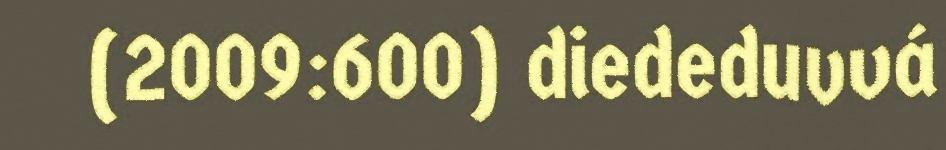
(2009:600) diededuvvá